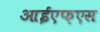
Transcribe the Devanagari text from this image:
आईएफ़एस